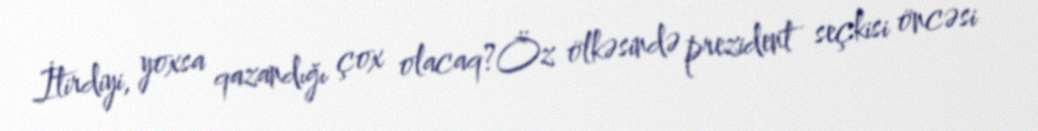
İtirdiyi, yoxsa qazandığı çox olacaq?Öz ölkəsində prezident seçkisi öncəsi